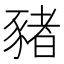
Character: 豬